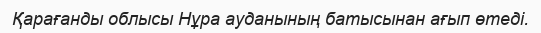
Қарағанды облысы Нұра ауданының батысынан ағып өтеді.